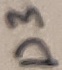
Text: D3